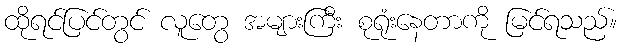
ထိုရင်ပြင်တွင် လူတွေ အများကြီး စုရုံးနေတာကို မြင်ရသည်။